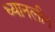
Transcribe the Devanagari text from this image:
ध्यानलीन